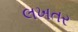
લખતર